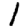
Digit: 1